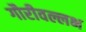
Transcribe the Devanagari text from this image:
गौरीवल्लभ